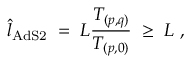
{ \hat { l } } _ { \mathrm { A d S 2 } } \; = \; L { \frac { T _ { ( p , q ) } } { T _ { ( p , 0 ) } } } \; \ge \; L \ ,